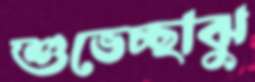
শুভেচ্ছাঝু